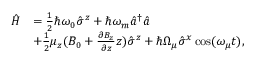
\begin{array} { r l } { \hat { H } } & { = \frac { 1 } { 2 } \hbar \omega _ { 0 } \hat { \sigma } ^ { z } + \hbar \omega _ { m } \hat { a } ^ { \dagger } \hat { a } } \\ & { + \frac { 1 } { 2 } \mu _ { z } ( B _ { 0 } + \frac { \partial B _ { z } } { \partial z } z ) \hat { \sigma } ^ { z } + \hbar \Omega _ { \mu } \hat { \sigma } ^ { x } \cos ( \omega _ { \mu } t ) , } \end{array}